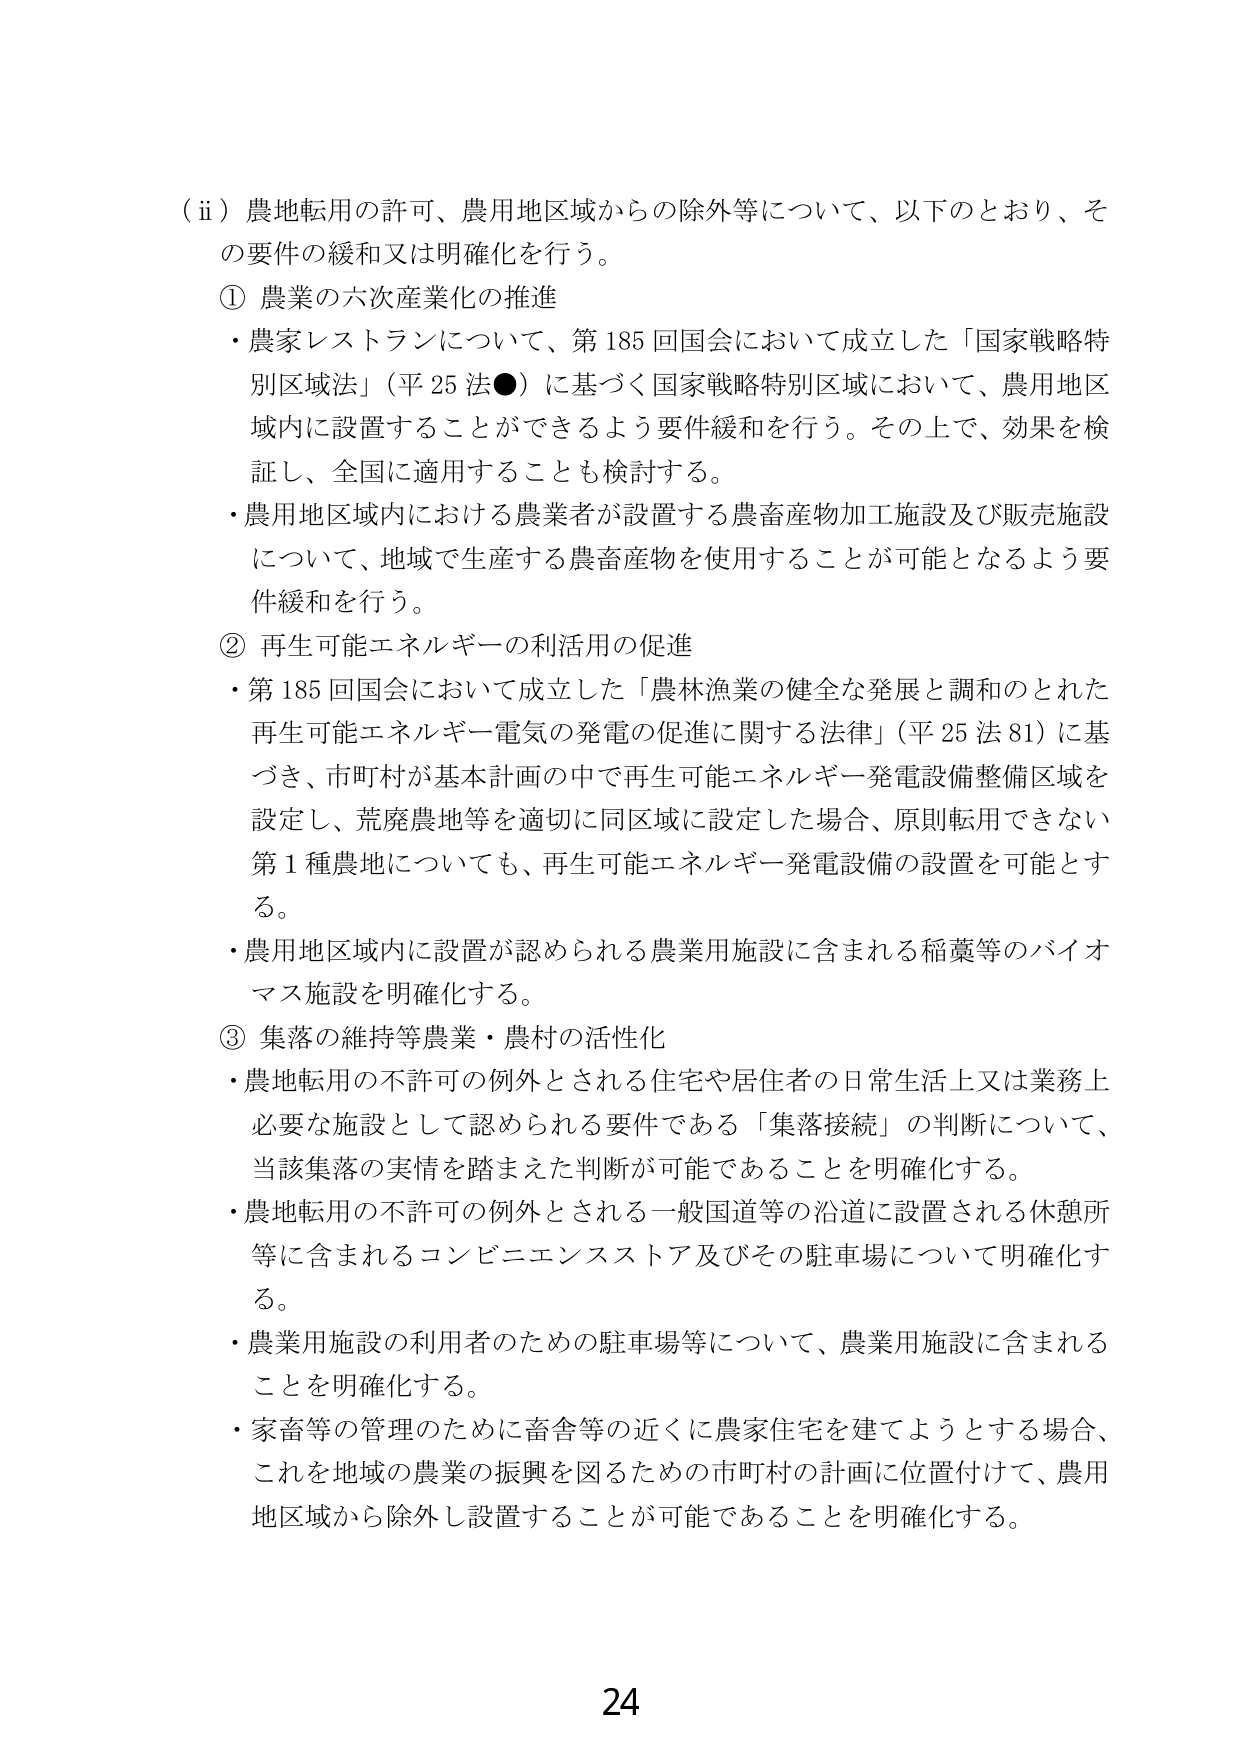
（ⅱ）農地転用の許可、農用地区域からの除外等について、以下のとおり、その要件の緩和又は明確化を行う。

① 農業の六次産業化の推進
・農家レストランについて、第185回国会において成立した「国家戦略特別区域法」（平25法●）に基づく国家戦略特別区域において、農用地区域内に設置することができるよう要件緩和を行う。その上で、効果を検証し、全国に適用することも検討する。
・農用地区域内における農業者が設置する農畜産物加工施設及び販売施設について、地域で生産する農畜産物を使用することが可能となるよう要件緩和を行う。

② 再生可能エネルギーの利活用の促進
・第185回国会において成立した「農林漁業の健全な発展と調和のとれた再生可能エネルギー電気の発電の促進に関する法律」（平25法81）に基づき、市町村が基本計画の中で再生可能エネルギー発電設備整備区域を設定し、荒廃農地等を適切に同区域に設定した場合、原則転用できない第1種農地についても、再生可能エネルギー発電設備の設置を可能とする。
・農用地区域内に設置が認められる農業用施設に含まれる稲藁等のバイオマス施設を明確化する。

③ 集落の維持等農業・農村の活性化
・農地転用の不許可の例外とされる住宅や居住者の日常生活上又は業務上必要な施設として認められる要件である「集落接続」の判断について、当該集落の実情を踏まえた判断が可能であることを明確化する。
・農地転用の不許可の例外とされる一般国道等の沿道に設置される休憩所等に含まれるコンビニエンスストア及びその駐車場について明確化する。
・農業用施設の利用者のための駐車場等について、農業用施設に含まれることを明確化する。
・家畜等の管理のために畜舎等の近くに農家住宅を建てようとする場合、これを地域の農業の振興を図るための市町村の計画に位置付けて、農用地区域から除外し設置することが可能であることを明確化する。

24